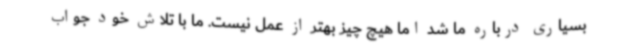
بسیاری درباره ما شد اما هیچ چیز بهتر از عمل نیست. ما با تلاش خود جواب